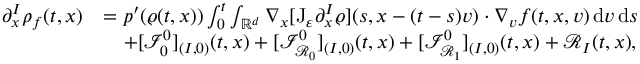
\begin{array} { r l } { \partial _ { x } ^ { I } \rho _ { f } ( t , x ) } & { = p ^ { \prime } ( \varrho ( t , x ) ) \int _ { 0 } ^ { t } \int _ { \mathbb R ^ { d } } \nabla _ { x } [ \mathrm { J } _ { \varepsilon } \partial _ { x } ^ { I } \varrho ] ( s , x - ( t - s ) v ) \cdot \nabla _ { v } f ( t , x , v ) \, \mathrm { d } v \, \mathrm { d } s } \\ & { \quad + [ \mathcal { I } _ { 0 } ^ { 0 } ] _ { ( I , 0 ) } ( t , x ) + [ \mathcal { I } _ { \mathcal { R } _ { 0 } } ^ { 0 } ] _ { ( I , 0 ) } ( t , x ) + [ \mathcal { I } _ { \mathcal { R } _ { 1 } } ^ { 0 } ] _ { ( I , 0 ) } ( t , x ) + \mathscr { R } _ { I } ( t , x ) , } \end{array}